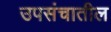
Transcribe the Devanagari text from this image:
उपसंचातील